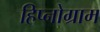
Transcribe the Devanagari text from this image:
हिप्नोग्राम